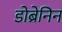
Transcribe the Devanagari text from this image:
डोब्रेनिन